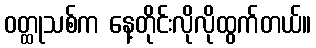
ဝတ္ထုသစ်က နေ့တိုင်းလိုလိုထွက်တယ်။